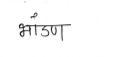
मजकूर: भांडण